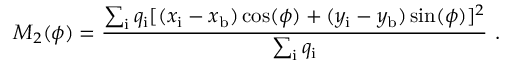
M _ { 2 } ( \phi ) = \frac { \sum _ { \mathrm { { i } } } q _ { \mathrm { { i } } } [ ( x _ { \mathrm { { i } } } - x _ { \mathrm { { b } } } ) \cos ( \phi ) + ( y _ { \mathrm { { i } } } - y _ { \mathrm { { b } } } ) \sin ( \phi ) ] ^ { 2 } } { \sum _ { \mathrm { { i } } } q _ { \mathrm { { i } } } } ~ .